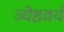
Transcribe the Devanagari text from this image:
ज्येष्ठवर्य